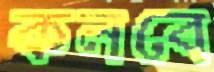
কলবে